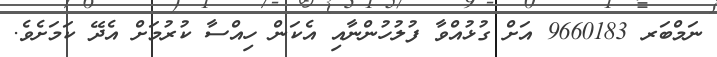
ނަމްބަރ 9660183 އަށް ގުޅުއްވާ ފުލުހުންނާއި އެކަން ހިއްސާ ކުރުމަަށް އެދޭ ކަމަށެވެ.